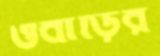
ওবাড়ির